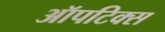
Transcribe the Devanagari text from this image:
ऑपटिक्स